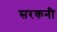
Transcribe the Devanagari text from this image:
सरकनी